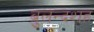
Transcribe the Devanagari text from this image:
बुलन्दशह